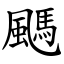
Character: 䬚